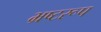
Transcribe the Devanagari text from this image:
भ्रष्टरूप